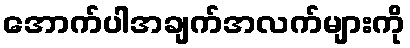
အောက်ပါအချက်အလက်များကို